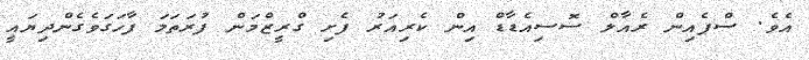
އެވެ. ސްޕެއިން ރެއާލް ސޮސިއެޑާޑް އިން ކެރިއަރު ފެށި ގްރީޒްމަން ފުރަތަމަ ފާހަގަވެގެންދިޔައީ